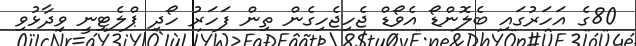
80ގެ އަހަރުގައި ބެލޮންޑޯ އެވޯޑް ޖެހިޖެހިގެން ތިން ފަހަރު ހޯދި ޕްލެޓިނީ ވިދާޅުވި